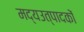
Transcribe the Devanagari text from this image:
मद्यउत्पादकों